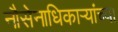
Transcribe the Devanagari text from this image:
नौसेनाधिकाऱ्यांच्या